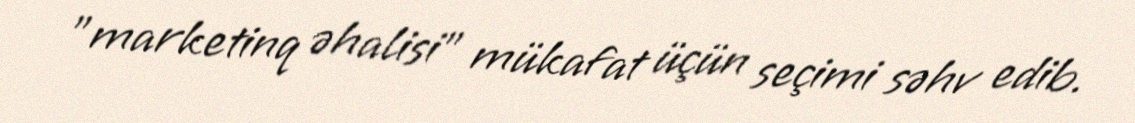
"marketinq əhalisi" mükafat üçün seçimi səhv edib.